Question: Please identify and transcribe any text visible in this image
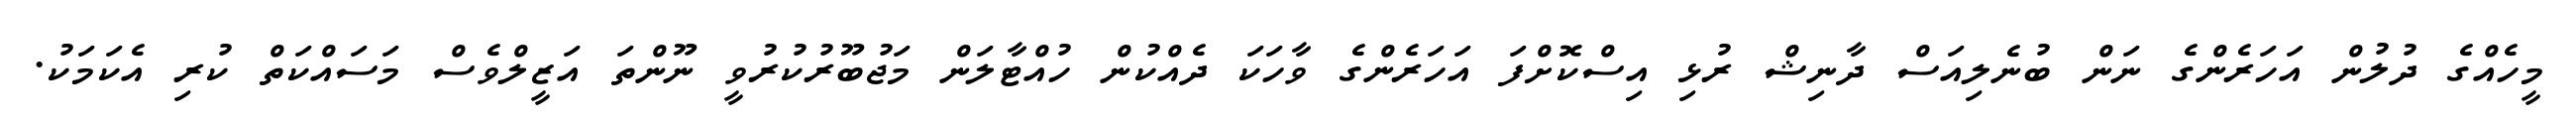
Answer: މީހެއްގެ ދުލުން އަހަރެންގެ ނަން ބުނެލިއަސް ދާނިޝް ރުޅި އިސްކޮށްފަ އަހަރެންގެ ވާހަކަ ދެއްކުން ހުއްޓާލަން މަޖުބޫރުކުރުވީ ނޫންތަ އަޒީލްވެސް މަސައްކަތް ކުރި އެކަމަކު.